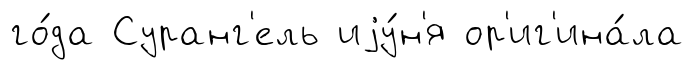
го́да Суранг'ель иjу́н'я ор'иг'ина́ла